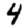
Digit: 4